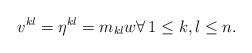
LaTeX: \begin{align*}v^{kl} = \eta^{kl} = m_{kl} w\forall\, 1\leq k,l\leq n.\end{align*}